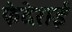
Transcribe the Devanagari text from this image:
फेदेराई